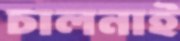
চালনাই